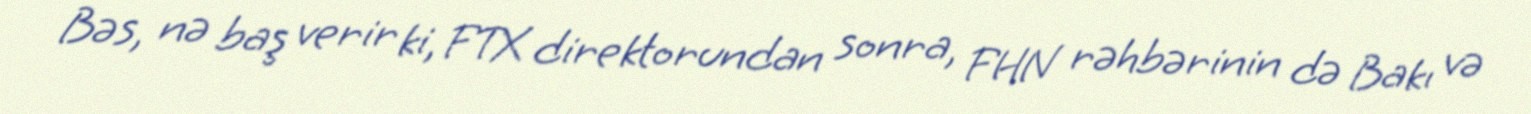
Bəs, nə baş verir ki, FTX direktorundan sonra, FHN rəhbərinin də Bakı və